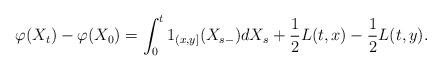
LaTeX: \begin{align*}\varphi(X_t)-\varphi(X_0)=\int_0^t 1_{(x,y]}(X_{s-})dX_s +\frac{1}{2}L(t,x)-\frac{1}{2}L(t,y). \end{align*}